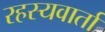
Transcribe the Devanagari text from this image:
रहस्यवार्ता